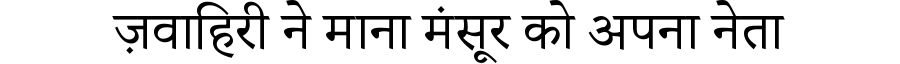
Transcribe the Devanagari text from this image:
ज़वाहिरी ने माना मंसूर को अपना नेता